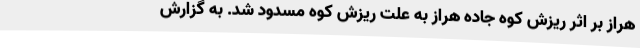
هراز بر اثر ریزش کوه جاده هراز به علت ریزش کوه مسدود شد. به گزارش